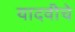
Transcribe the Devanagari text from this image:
यादवीचे